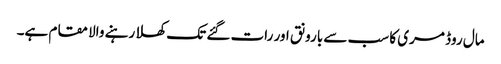
مال روڈ مری کا سب سے بارونق اور رات گئے تک کھلا رہنے والا مقام ہے۔